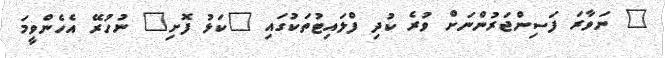
" ނަވާރަ ފަސިންޖަރުންނަށް ވުރެ ކުދި ފްލައިޓުތަކުގައި "ކަޅު ފޮށި" ނުހުރޭ އެހެންވީމަ